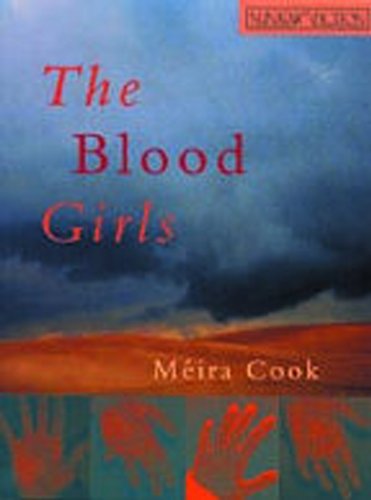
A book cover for Blood Girls (Nunatak Fiction); Meira Cook; Literature & Fiction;